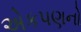
એકપણનો